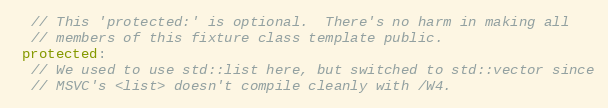
Language: C++
  // This 'protected:' is optional.  There's no harm in making all
  // members of this fixture class template public.
 protected:
  // We used to use std::list here, but switched to std::vector since
  // MSVC's <list> doesn't compile cleanly with /W4.